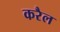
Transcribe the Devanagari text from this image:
करैल